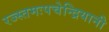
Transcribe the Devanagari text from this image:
रज्स्तमःपचेन्द्रियानी